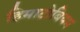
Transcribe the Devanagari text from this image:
हिमाटोबियम